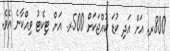
800ރ. އަށް އަދި ކުޑަ ކުއްޖަކަށް 500ރ. އަށް ޓިކެޓު ވިއްކާނެ އެވެ.